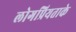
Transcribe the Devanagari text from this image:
लोगप्रियताके